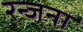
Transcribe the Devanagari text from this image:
रन्जना